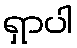
ရှာပါ